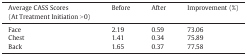
| Average CASS Scores(At Treatment Initiation > 0) | Before | After | Improvement (%) |
 | --- | --- | --- | --- |
 | Face | 2.19 | 0.59 | 73.06 |
 | Chest | 1.41 | 0.34 | 75.89 |
 | Back | 1.65 | 0.37 | 77.58 |